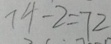
7 4 - 2 = 7 2